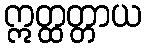
ဣတ္ထတ္တာယ